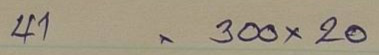
41 = 300x20